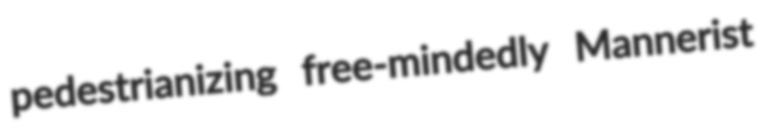
pedestrianizing free-mindedly Mannerist